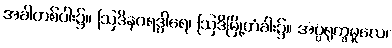
အခါတစ်ပါး၌။ ဩဒိနဂရဒွါရေ၊ ဩဒိမြို့တံခါး၌။ အပ္ပရုက္ခမူလေ၊